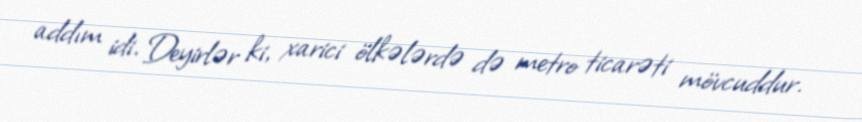
addım idi. Deyirlər ki, xarici ölkələrdə də metro ticarəti mövcuddur.